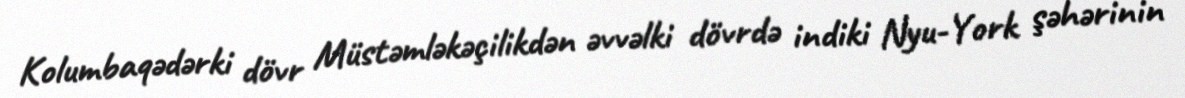
Kolumbaqədərki dövr Müstəmləkəçilikdən əvvəlki dövrdə indiki Nyu-York şəhərinin